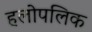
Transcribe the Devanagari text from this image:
हलोपलिक